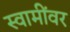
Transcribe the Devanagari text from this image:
स्वामींवर